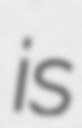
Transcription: is